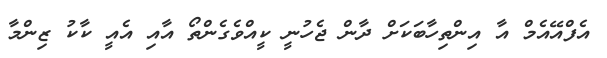
އެފްއޭއެމް އާ އިންތިހާބަކަށް ދާން ޖެހުނީ ކީއްވެގެންތޯ އާއި އެއީ ކާކު ޒިންމާ